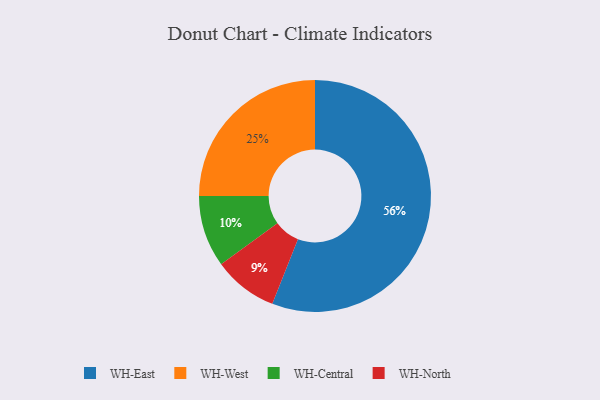
{"axis": {"x": "Category", "y": "Percentage"}, "legend": ["WH-Central", "WH-East", "WH-North", "WH-West"], "data": [{"x": "WH-East", "y": 56, "type": "WH-East"}, {"x": "WH-North", "y": 9, "type": "WH-North"}, {"x": "WH-West", "y": 25, "type": "WH-West"}, {"x": "WH-Central", "y": 10, "type": "WH-Central"}]}